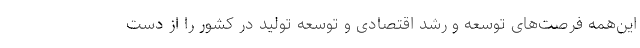
این‌همه فرصت‌های توسعه و رشد اقتصادی و توسعه تولید در کشور را از دست